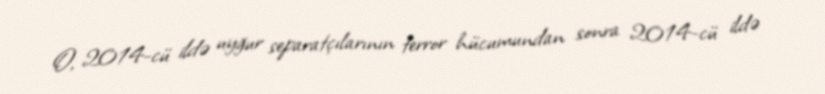
O, 2014-cü ildə uyğur separatçılarının terror hücumundan sonra 2014-cü ildə